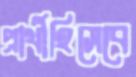
প্রার্থীহিসেবে